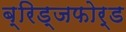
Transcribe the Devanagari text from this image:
ब्रिड्जफोर्ड